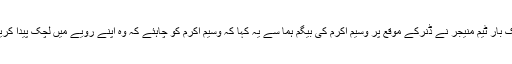
ایک بار ٹیم منیجر نے ڈنرکے موقع پر وسیم اکرم کی بیگم ہما سے یہ کہا کہ وسیم اکرم کو چاہئے کہ وہ اپنے رویے میں لچک پیدا کریں۔